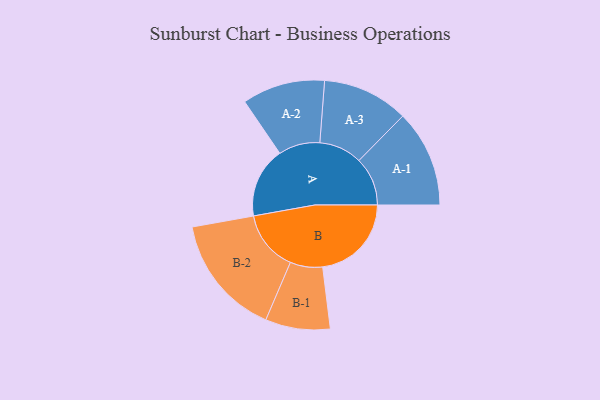
{"axis": {"x": "Segment", "y": "Value"}, "legend": ["", "A", "B"], "data": [{"x": "A", "y": 344, "type": ""}, {"x": "B", "y": 433, "type": ""}, {"x": "A-1", "y": 237, "type": "A"}, {"x": "A-2", "y": 202, "type": "A"}, {"x": "A-3", "y": 210, "type": "A"}, {"x": "B-1", "y": 158, "type": "B"}, {"x": "B-2", "y": 296, "type": "B"}]}